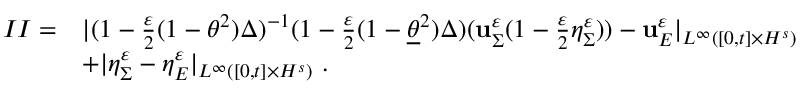
\begin{array} { r l } { I I = } & { | ( 1 - \frac { \varepsilon } { 2 } ( 1 - \theta ^ { 2 } ) \Delta ) ^ { - 1 } ( 1 - \frac { \varepsilon } { 2 } ( 1 - \underline { { \theta } } ^ { 2 } ) \Delta ) ( \mathbf { u } _ { \Sigma } ^ { \varepsilon } ( 1 - \frac { \varepsilon } { 2 } \eta _ { \Sigma } ^ { \varepsilon } ) ) - \mathbf { u } _ { E } ^ { \varepsilon } | _ { L ^ { \infty } ( [ 0 , t ] \times H ^ { s } ) } } \\ & { + | \eta _ { \Sigma } ^ { \varepsilon } - \eta _ { E } ^ { \varepsilon } | _ { L ^ { \infty } ( [ 0 , t ] \times H ^ { s } ) } \ . } \end{array}